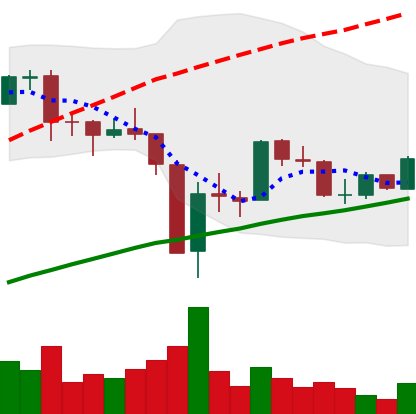
Ticker: BTC-USD
Chart end date: 2017-09-25
Forward return: 10.51%
Label: up_7plus